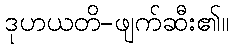
ဒုဟယတိ-ဖျက်ဆီး၏။